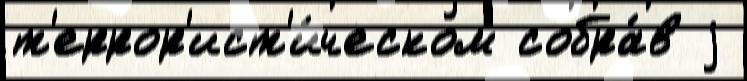
т'еррор'ист'и́ческом собра́в j